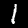
Label: 1